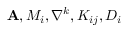
{ \bf A } , M _ { i } , \nabla ^ { k } , K _ { i j } , D _ { i }